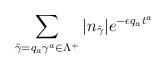
LaTeX: \begin{align*} \sum_{\hat{\gamma}=q_a\gamma^a\in \Lambda^+}|n_{\hat{\gamma}}|e^{-\epsilon q_at^a} \end{align*}